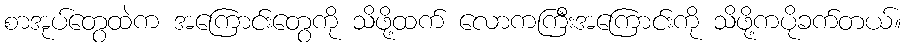
စာအုပ်တွေထဲက အကြောင်းတွေကို သိဖို့ထက် လောကကြီးအကြောင်းကို သိဖို့ကပိုခက်တယ်။